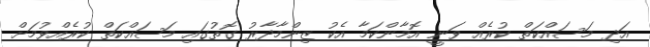
އަދި މަސައްކަތް ކުރެއް ވަނީ އޮމާންކަމާ އެކު ޒިންމާދާރު ގޮތުގައި މަސައްކަތް ކުރެއްވުމަށް